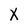
Character: X